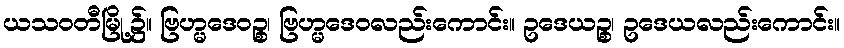
ယသဝတီမြို့၌။ ဗြဟ္မဒေဝဉ္စ၊ ဗြဟ္မဒေဝလည်းကောင်း။ ဥဒေယဉ္စ၊ ဥဒေယလည်းကောင်း။